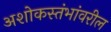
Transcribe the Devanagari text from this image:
अशोकस्तंभांवरील